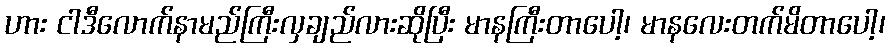
ဟား ငါဒီလောက်နာမည်ကြီးလှချည်လားဆိုပြီး မာနကြီးတာပေါ့၊ မာနလေးတက်မိတာပေါ့၊